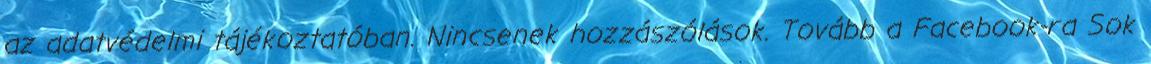
az adatvédelmi tájékoztatóban. Nincsenek hozzászólások. Tovább a Facebook-ra Sok